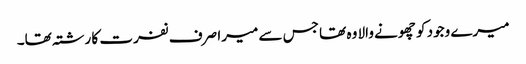
میرے وجود کو چھونے والا وہ تھا جس سے میرا صرف نفرت کا رشتہ تھا۔